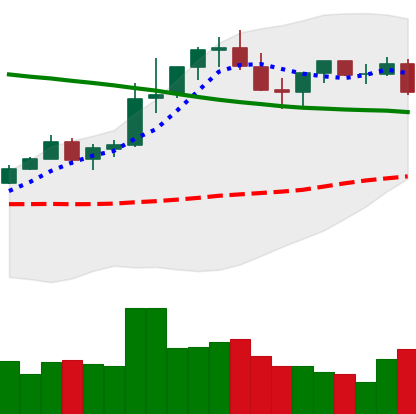
Ticker: TRX-USD
Chart end date: 2021-08-24
Forward return: 4.693%
Label: up_3_5